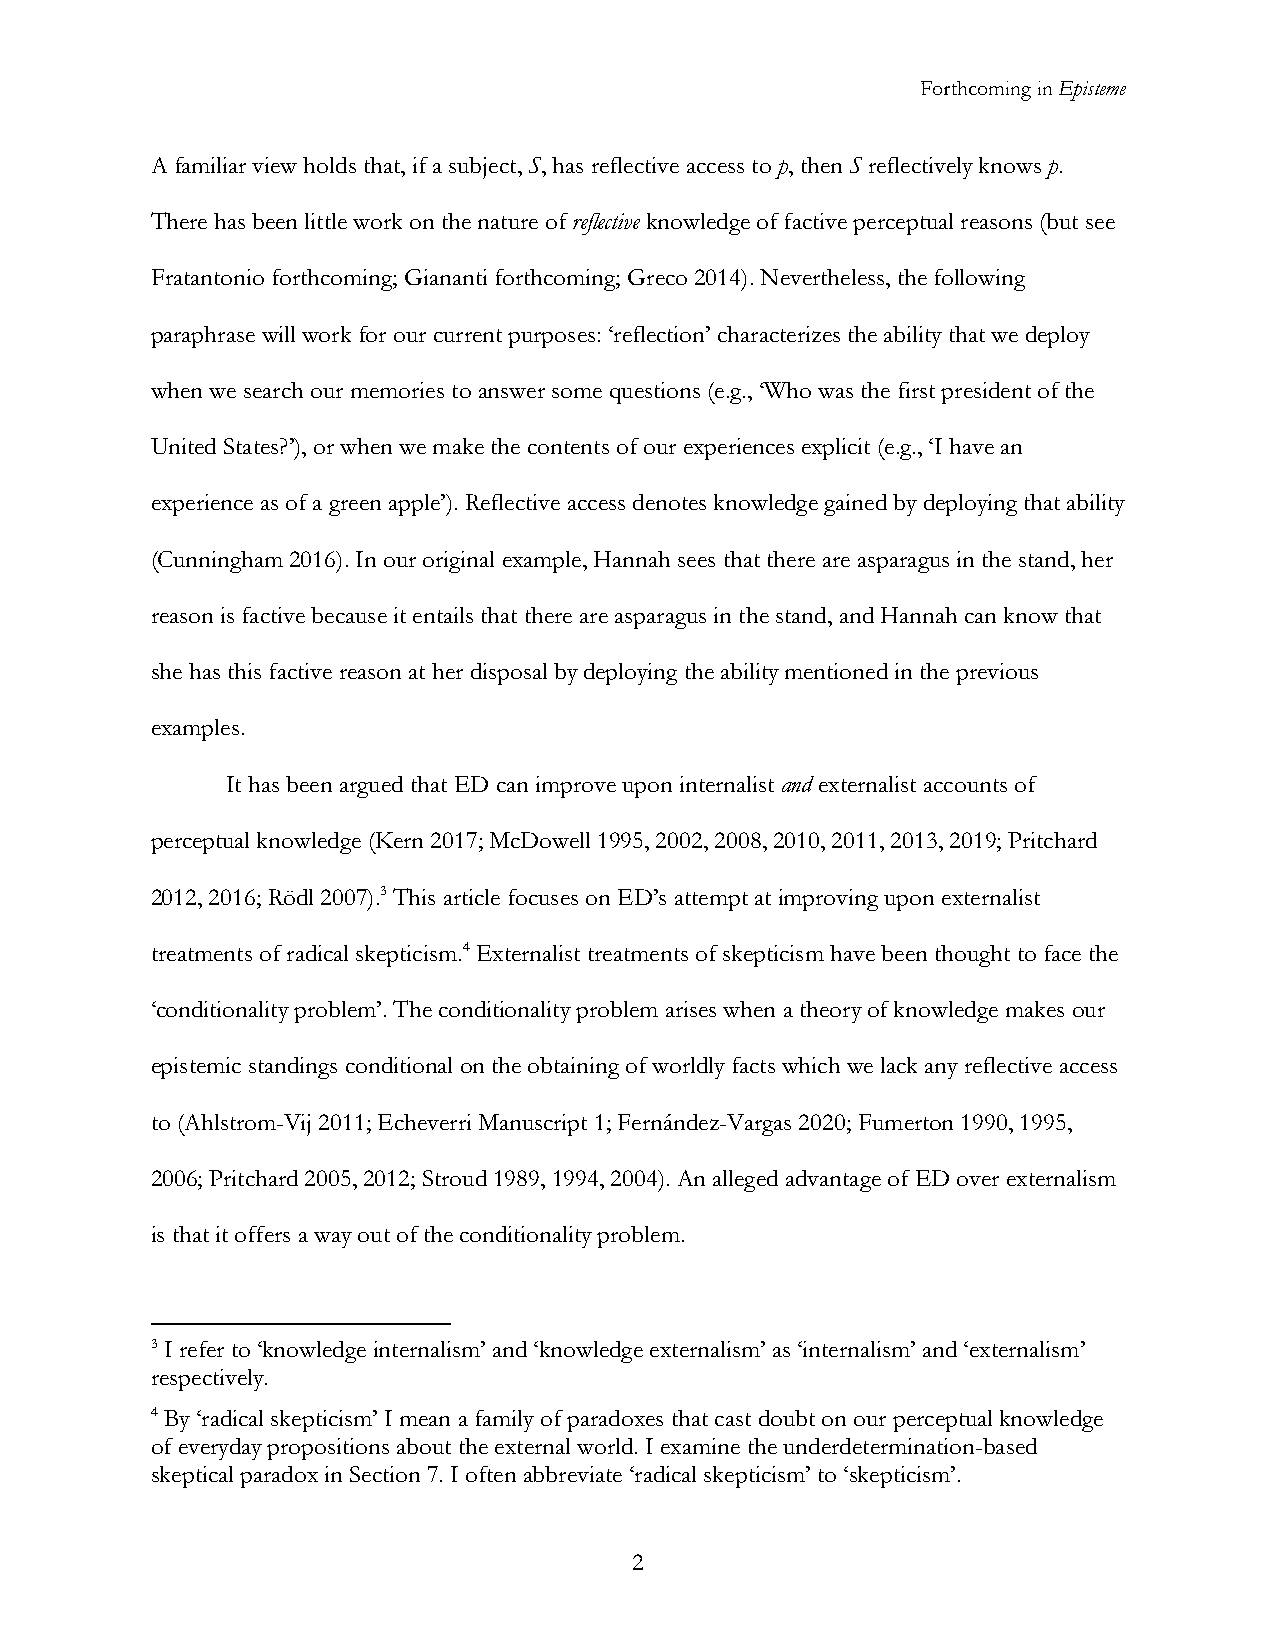
Forthcoming in Episteme
 A familiar view holds that, if a subject, S, has reflective access to p, then S reflectively knows p.
 There has been little work on the nature of reflective knowledge of factive perceptual reasons (but see
 Fratantonio forthcoming; Giananti forthcoming; Greco 2014). Nevertheless, the following
 paraphrase will work for our current purposes: ‘reflection’ characterizes the ability that we deploy
 when we search our memories to answer some questions (e.g., ‘Who was the first president of the
 United States?’), or when we make the contents of our experiences explicit (e.g., ‘I have an
 experience as of a green apple’). Reflective access denotes knowledge gained by deploying that ability
 (Cunningham 2016). In our original example, Hannah sees that there are asparagus in the stand, her
 reason is factive because it entails that there are asparagus in the stand, and Hannah can know that
 she has this factive reason at her disposal by deploying the ability mentioned in the previous
 examples.
 It has been argued that ED can improve upon internalist and externalist accounts of
 perceptual knowledge (Kern 2017; McDowell 1995, 2002, 2008, 2010, 2011, 2013, 2019; Pritchard
 2012, 2016; Rödl 2007).3 This article focuses on ED’s attempt at improving upon externalist
 treatments of radical skepticism.4 Externalist treatments of skepticism have been thought to face the
 ‘conditionality problem’. The conditionality problem arises when a theory of knowledge makes our
 epistemic standings conditional on the obtaining of worldly facts which we lack any reflective access
 to (Ahlstrom-Vij 2011; Echeverri Manuscript 1; Fernández-Vargas 2020; Fumerton 1990, 1995,
 2006; Pritchard 2005, 2012; Stroud 1989, 1994, 2004). An alleged advantage of ED over externalism
 is that it offers a way out of the conditionality problem.
 3 I refer to ‘knowledge internalism’ and ‘knowledge externalism’ as ‘internalism’ and ‘externalism’
 respectively.
 4 By ‘radical skepticism’ I mean a family of paradoxes that cast doubt on our perceptual knowledge
 of everyday propositions about the external world. I examine the underdetermination-based
 skeptical paradox in Section 7. I often abbreviate ‘radical skepticism’ to ‘skepticism’.
 2